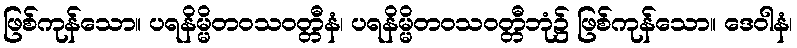
ဖြစ်ကုန်သော။ ပရနိမ္မိတဝသဝတ္တီနံ၊ ပရနိမ္မိတဝသဝတ္တီဘုံ၌ ဖြစ်ကုန်သော။ ဒေဝါနံ၊